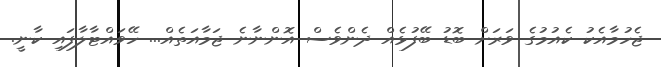
ޖެހުމާއެކު ކެއުމުގެ ވަރަށް ބޮޑު ބޭފުޅެއް ދެންވެސް އޮންނާނެ ޖަމާއަތެއް... ހޭވައްޓާލާފައި ކާނީ.